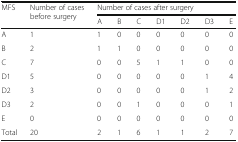
| <ROWSPAN=2> MFS | <ROWSPAN=2> Number of cases before surgery | <COLSPAN=7> Number of cases after surgery |
 | A | B | C | D1 | D2 | D3 | E |
 | --- | --- | --- | --- | --- | --- | --- | --- | --- |
 | A | 1 | 1 | 0 | 0 | 0 | 0 | 0 | 0 |
 | B | 2 | 1 | 1 | 0 | 0 | 0 | 0 | 0 |
 | C | 7 | 0 | 0 | 5 | 1 | 1 | 0 | 0 |
 | D1 | 5 | 0 | 0 | 0 | 0 | 0 | 1 | 4 |
 | D2 | 3 | 0 | 0 | 0 | 0 | 0 | 1 | 2 |
 | D3 | 2 | 0 | 0 | 1 | 0 | 0 | 0 | 1 |
 | E | 0 | 0 | 0 | 0 | 0 | 0 | 0 | 0 |
 | Total | 20 | 2 | 1 | 6 | 1 | 1 | 2 | 7 |